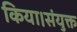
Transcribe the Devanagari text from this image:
किया।संयुक्त